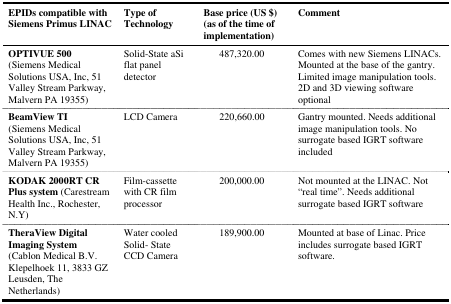
<table><thead><tr><td><b>EPIDs compatible with Siemens Primus LINAC</b></td><td><b>Type of Technology</b></td><td><b>Base price (US $) (as of the time of implementation)</b></td><td><b>Comment</b></td></tr></thead><tbody><tr><td><b>OPTIVUE 500</b>(Siemens Medical Solutions USA, Inc, 51 Valley Stream Parkway, Malvern PA 19355)</td><td>Solid-State aSi flat panel detector</td><td>487,320.00</td><td>Comes with new Siemens LINACs. Mounted at the base of the gantry. Limited image manipulation tools. 2D and 3D viewing software optional</td></tr><tr><td><b>BeamView TI</b>(Siemens Medical Solutions USA, Inc, 51 Valley Stream Parkway, Malvern PA 19355)</td><td>LCD Camera</td><td>220,660.00</td><td>Gantry mounted. Needs additional image manipulation tools. No surrogate based IGRT software included</td></tr><tr><td>KODAK 2000RT CR Plus system (Carestream Health Inc., Rochester, N.Y)</td><td>Film-cassette with CR film processor</td><td>200,000.00</td><td>Not mounted at the LINAC. Not “real time”. Needs additional surrogate based IGRT software</td></tr><tr><td><b>TheraView Digital Imaging System</b>(Cablon Medical B.V. Klepelhoek 11, 3833 GZ Leusden, The Netherlands)</td><td>Water cooled Solid- State CCD Camera</td><td>189,900.00</td><td>Mounted at base of Linac. Price includes surrogate based IGRT software.</td></tr></tbody></table>